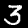
Label: 3